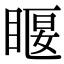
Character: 𥈔